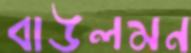
বাউলমন